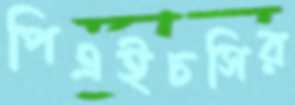
পিএইচসির